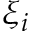
\xi _ { i }